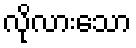
လိုလားသော